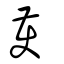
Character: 彠